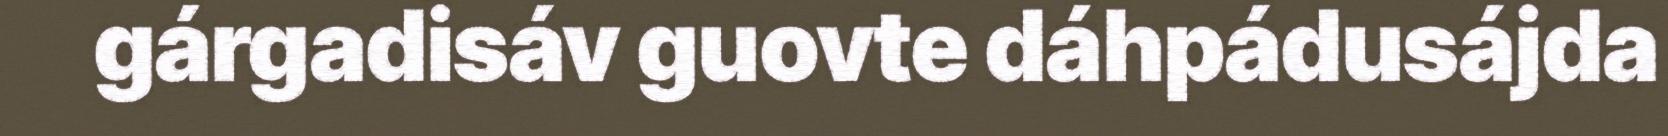
gárgadisáv guovte dáhpádusájda